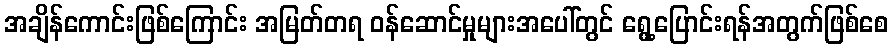
အချိန်ကောင်းဖြစ်ကြောင်း အမြတ်တရ ဝန်ဆောင်မှုများအပေါ်တွင် ရွေ့ပြောင်းရန်အတွက်ဖြစ်စေ